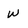
Character: w